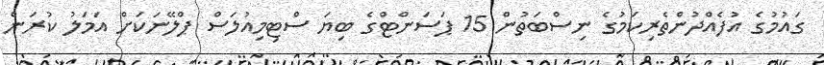
ގައުމުގެ އުފެއްދުންތެރިކަމުގެ ނިސްބަތުން 15 ޕަސަންޓްގެ ބިޔަ ސްޓިމިއުލަސް ޕްލޭނަކަށް އަމަލު ކުރަން